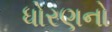
ધોરણનો